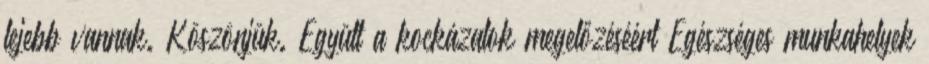
lejebb vannak. Köszönjük. Együtt a kockázatok megelőzéséért Egészséges munkahelyek